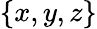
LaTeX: \{ x,y,z\}